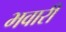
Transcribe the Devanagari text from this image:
भवारी